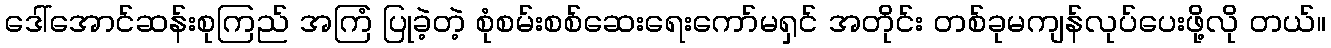
ဒေါ်အောင်ဆန်းစုကြည် အကြံ ပြုခဲ့တဲ့ စုံစမ်းစစ်ဆေးရေးကော်မရှင် အတိုင်း တစ်ခုမကျန်လုပ်ပေးဖို့လို တယ်။